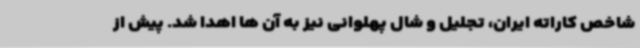
شاخص کاراته ایران، تجلیل و شال پهلوانی نیز به آن ها اهدا شد. پیش از